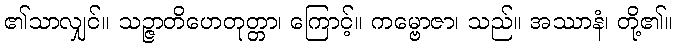
၏သာလျှင်။ သဉ္ဇာတိဟေတုတ္တာ၊ ကြောင့်။ ကမ္ဗောဇာ၊ သည်။ အဿာနံ၊ တို့၏။